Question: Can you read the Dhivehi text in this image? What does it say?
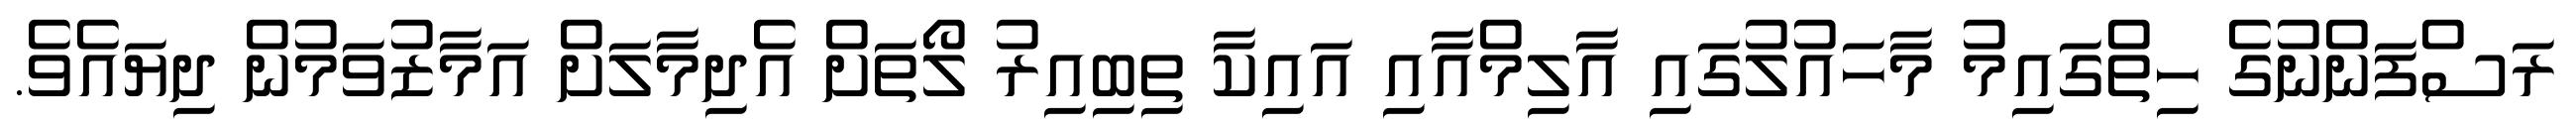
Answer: ރަސްފަންނުގެ ހިތްގައިމު މާހައުލުގައި އާލިމްއާއި އައިކާ ތިބިއިރު ލޯތަށް އެދިމާލަށް އަމާޒުވަމުން ދިޔައެވެ.